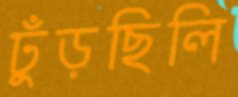
ঢুঁড়ছিলি